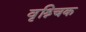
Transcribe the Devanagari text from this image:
वृश्र्चिक